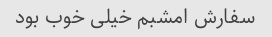
سفارش امشبم خیلی خوب بود